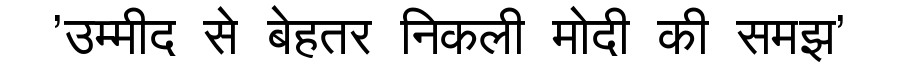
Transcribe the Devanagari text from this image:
'उम्मीद से बेहतर निकली मोदी की समझ'